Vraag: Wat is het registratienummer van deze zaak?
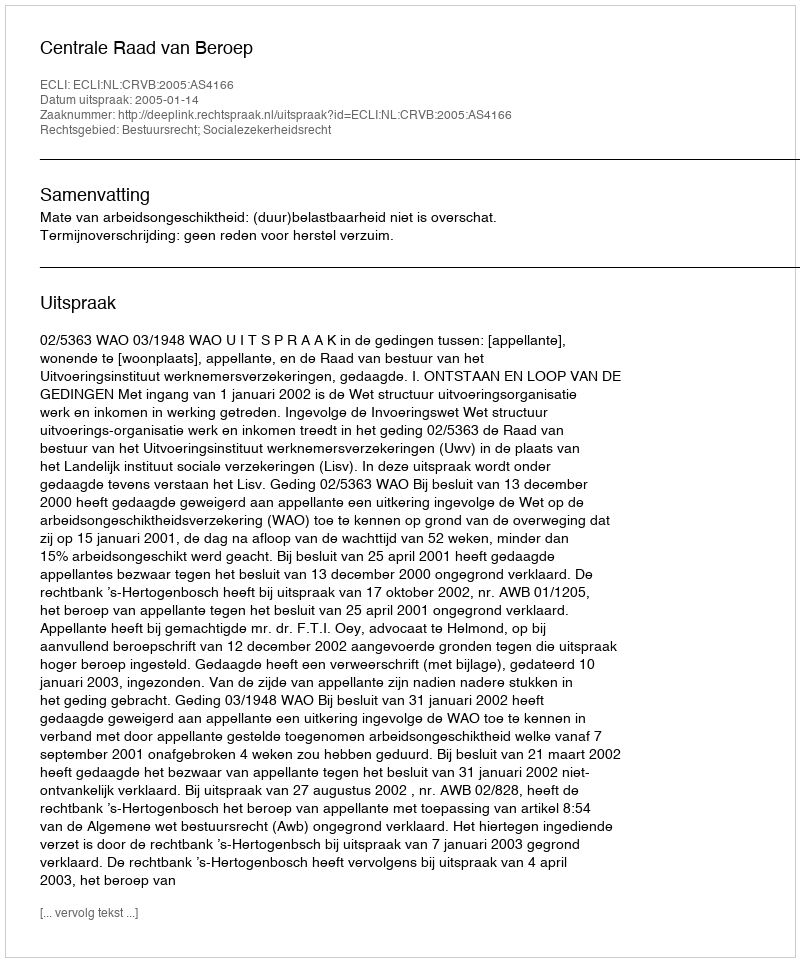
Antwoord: http://deeplink.rechtspraak.nl/uitspraak?id=ECLI:NL:CRVB:2005:AS4166